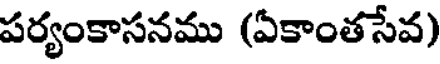
పర్యంకాసనము (ఏకాంతసేవ)